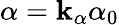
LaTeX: \alpha=\mathbf{k}_{\alpha}\alpha_{0}